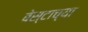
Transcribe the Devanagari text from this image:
बेस्टाच्या